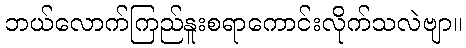
ဘယ်လောက်ကြည်နူးစရာကောင်းလိုက်သလဲဗျာ။